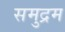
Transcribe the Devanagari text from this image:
समुद्रम